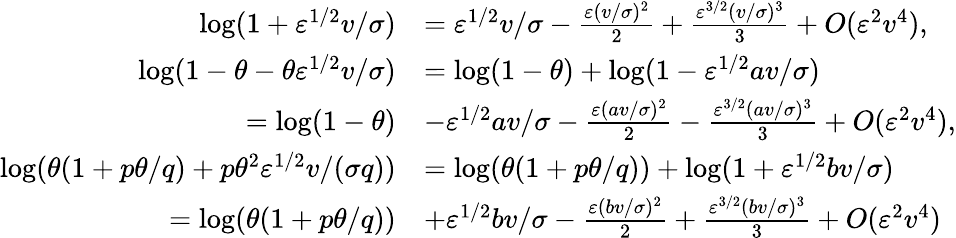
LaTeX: \begin{array}{rl}{\log(1+\varepsilon^{1/2}v/\sigma)}&{=\varepsilon^{1/2}v/\sigma-\frac{\varepsilon(v/\sigma)^{2}}{2}+\frac{\varepsilon^{3/2}(v/\sigma)^{3}}{3}+O(\varepsilon^{2}v^{4}),}\\ {\log(1-\theta-\theta\varepsilon^{1/2}v/\sigma)}&{=\log(1-\theta)+\log(1-\varepsilon^{1/2}av/\sigma)}\\ {=\log(1-\theta)}&{-\varepsilon^{1/2}av/\sigma-\frac{\varepsilon(av/\sigma)^{2}}{2}-\frac{\varepsilon^{3/2}(av/\sigma)^{3}}{3}+O(\varepsilon^{2}v^{4}),}\\ {\log(\theta(1+p\theta/q)+p\theta^{2}\varepsilon^{1/2}v/(\sigma q))}&{=\log(\theta(1+p\theta/q))+\log(1+\varepsilon^{1/2}bv/\sigma)}\\ {=\log(\theta(1+p\theta/q))}&{+\varepsilon^{1/2}bv/\sigma-\frac{\varepsilon(bv/\sigma)^{2}}{2}+\frac{\varepsilon^{3/2}(bv/\sigma)^{3}}{3}+O(\varepsilon^{2}v^{4})}\end{array}